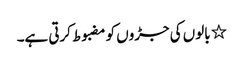
٭ بالوں کی جڑوں کو مضبوط کرتی ہے۔